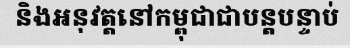
និងអនុវត្តនៅកម្ពុជាជាបន្តបន្ទាប់